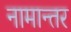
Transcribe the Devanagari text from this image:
नामान्तर